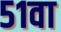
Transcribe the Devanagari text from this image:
५१वा